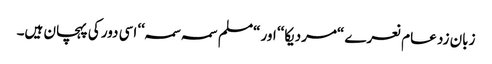
زبان زد عام نعرے “مردیکا‘‘ اور “مسلم سمہ سمہ‘‘ اسی دور کی پہچان ہیں۔